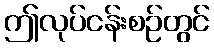
ဤလုပ်ငန်းစဉ်တွင်